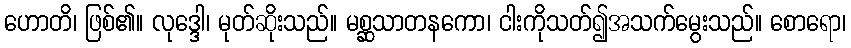
ဟောတိ၊ ဖြစ်၏။ လုဒ္ဒေါ၊ မုတ်ဆိုးသည်။ မစ္ဆသာတနကော၊ ငါးကိုသတ်၍အသက်မွေးသည်။ စောရော၊